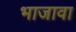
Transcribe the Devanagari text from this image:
भाजावा